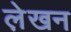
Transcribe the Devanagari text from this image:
ले़खन